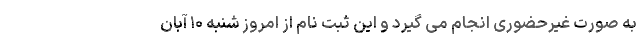
به صورت غیرحضوری انجام می گیرد و این ثبت نام از امروز شنبه ۱۰ آبان